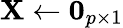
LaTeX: \mathbf{X}\gets\mathbf{0}_{p\times 1}